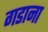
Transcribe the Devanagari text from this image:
गडाना